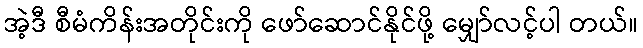
အဲ့ဒီ စီမံကိန်းအတိုင်းကို ဖော်ဆောင်နိုင်ဖို့ မျှော်လင့်ပါ တယ်။